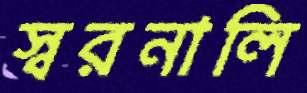
স্বরনালি